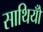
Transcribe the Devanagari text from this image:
साथियोँ